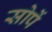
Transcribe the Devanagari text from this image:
सोपें